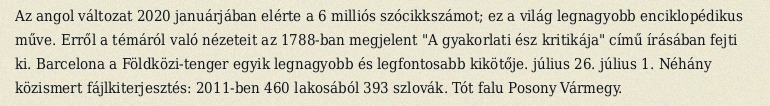
Az angol változat 2020 januárjában elérte a 6 milliós szócikkszámot; ez a világ legnagyobb enciklopédikus műve. Erről a témáról való nézeteit az 1788-ban megjelent "A gyakorlati ész kritikája" című írásában fejti ki. Barcelona a Földközi-tenger egyik legnagyobb és legfontosabb kikötője. július 26. július 1. Néhány közismert fájlkiterjesztés: 2011-ben 460 lakosából 393 szlovák. Tót falu Posony Vármegy.